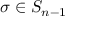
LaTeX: \sigma \in S _ { n - 1 }